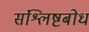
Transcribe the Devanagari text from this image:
संश्लिष्टबोध